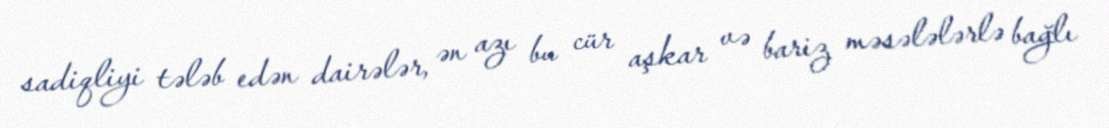
sadiqliyi tələb edən dairələr, ən azı bu cür aşkar və bariz məsələlərlə bağlı